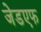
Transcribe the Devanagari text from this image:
जेडएफ